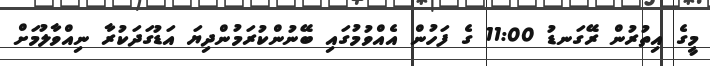
މީގެ އިތުރުން ރޭގަނޑު 11:00 ގެ ފަހުން އެއްވުމުގައި ބޭނުންކުރަމުންދިޔަ އަޑުގަދަކުރާ ނިއްވާލުމަށް